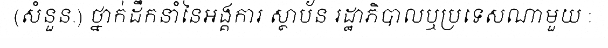
(សំនួន.) ថ្នាក់ដឹកនាំនៃអង្គការ ស្ថាប័ន រដ្ឋាភិបាលឬប្រទេសណាមួយ :